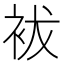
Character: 袚